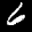
Label: 6